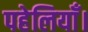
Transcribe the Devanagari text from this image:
पहेलियाँ।